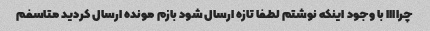
چراااا با وجود اینکه نوشتم لطفا تازه ارسال شود بازم مونده ارسال کردید متاسفم